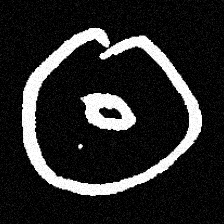
Pyu character \u2014 Myanmar letter: ထ (romanized: tha)